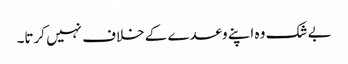
بے شک وہ اپنے وعدے کے خلاف نہیں کرتا۔